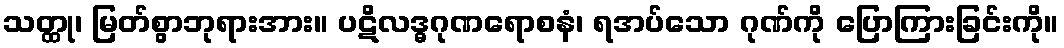
သတ္ထု၊ မြတ်စွာဘုရားအား။ ပဋိလဒ္ဓဂုဏရောစနံ၊ ရအပ်သော ဂုဏ်ကို ပြောကြားခြင်းကို။